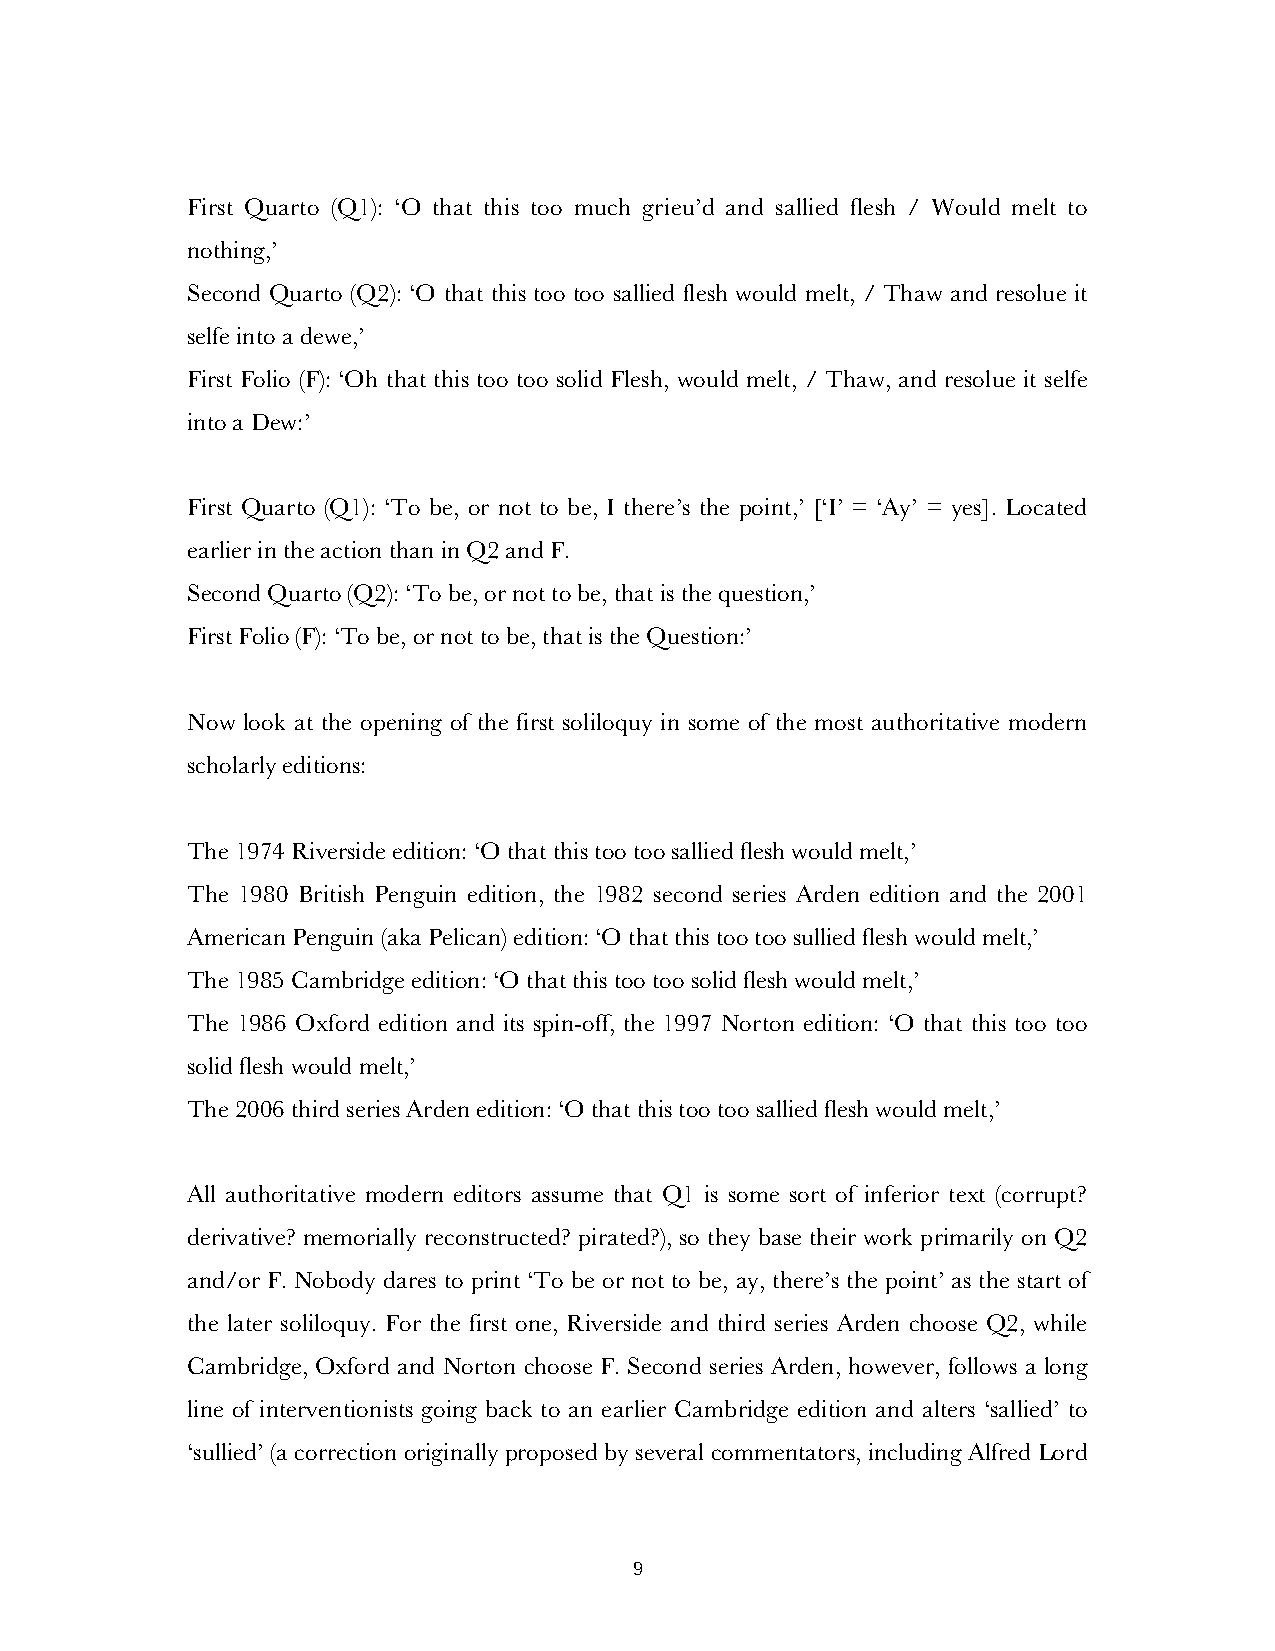
First Quarto (Q1): ‘O that this too much grieu’d and sallied flesh / Would melt to
 nothing,’
 Second Quarto (Q2): ‘O that this too too sallied flesh would melt, / Thaw and resolue it
 selfe into a dewe,’
 First Folio (F): ‘Oh that this too too solid Flesh, would melt, / Thaw, and resolue it selfe
 into a Dew:’
 First Quarto (Q1): ‘To be, or not to be, I there’s the point,’ [‘I’ = ‘Ay’ = yes]. Located
 earlier in the action than in Q2 and F.
 Second Quarto (Q2): ‘To be, or not to be, that is the question,’
 First Folio (F): ‘To be, or not to be, that is the Question:’
 Now look at the opening of the first soliloquy in some of the most authoritative modern
 scholarly editions:
 The 1974 Riverside edition: ‘O that this too too sallied flesh would melt,’
 The 1980 British Penguin edition, the 1982 second series Arden edition and the 2001
 American Penguin (aka Pelican) edition: ‘O that this too too sullied flesh would melt,’
 The 1985 Cambridge edition: ‘O that this too too solid flesh would melt,’
 The 1986 Oxford edition and its spin-off, the 1997 Norton edition: ‘O that this too too
 solid flesh would melt,’
 The 2006 third series Arden edition: ‘O that this too too sallied flesh would melt,’
 All authoritative modern editors assume that Q1 is some sort of inferior text (corrupt?
 derivative? memorially reconstructed? pirated?), so they base their work primarily on Q2
 and/or F. Nobody dares to print ‘To be or not to be, ay, there’s the point’ as the start of
 the later soliloquy. For the first one, Riverside and third series Arden choose Q2, while
 Cambridge, Oxford and Norton choose F. Second series Arden, however, follows a long
 line of interventionists going back to an earlier Cambridge edition and alters ‘sallied’ to
 ‘sullied’ (a correction originally proposed by several commentators, including Alfred Lord
 9